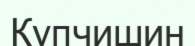
Купчишин